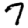
Digit: 7